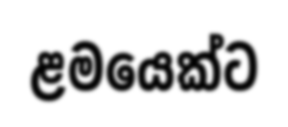
ළමයෙක්ට